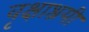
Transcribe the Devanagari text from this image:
वृक्षाश्रयी